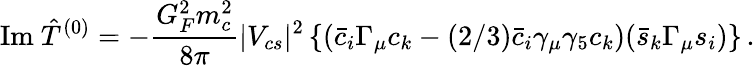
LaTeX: \mathrm{Im}\ {\hat{T}}^{(0)}=-\frac{G_{F}^{2}m_{c}^{2}}{8\pi}|V_{cs}|^{2}\left\{ ({\bar{c}}_{i}\Gamma_{\mu}c_{k}-(2/3){\bar{c}}_{i}\gamma_{\mu}\gamma_{5}c_{k})({\bar{s}}_{k}\Gamma_{\mu}s_{i})\right\} \, .